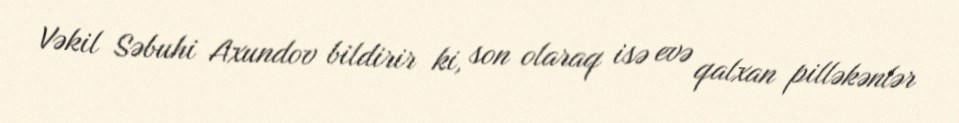
Vəkil Səbuhi Axundov bildirir ki, son olaraq isə evə qalxan pilləkənlər